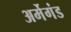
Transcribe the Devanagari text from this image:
अर्मेगंड